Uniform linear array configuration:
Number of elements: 4
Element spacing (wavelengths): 0.25
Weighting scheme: uniform
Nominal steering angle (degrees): -45
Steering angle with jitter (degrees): -45.358
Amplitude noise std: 0.05
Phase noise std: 0.05

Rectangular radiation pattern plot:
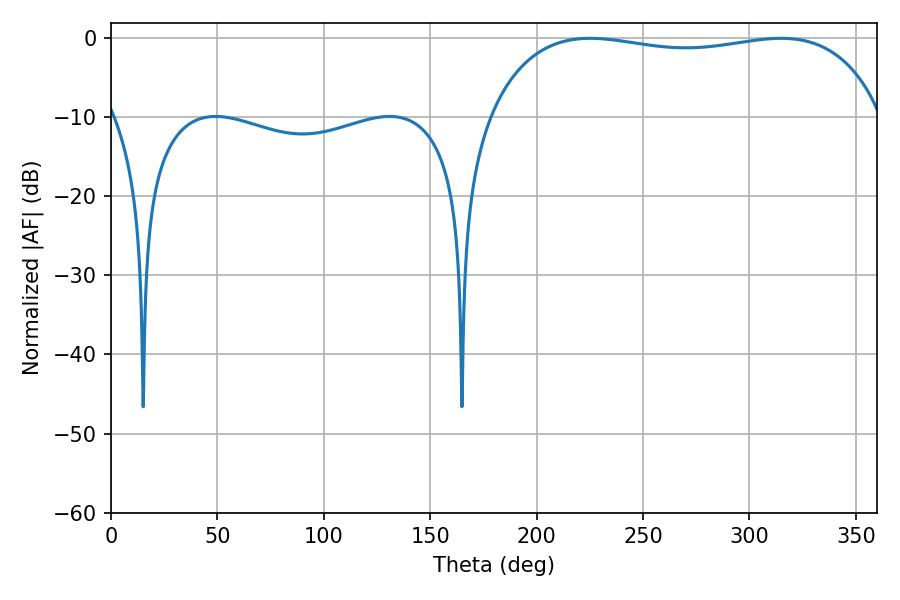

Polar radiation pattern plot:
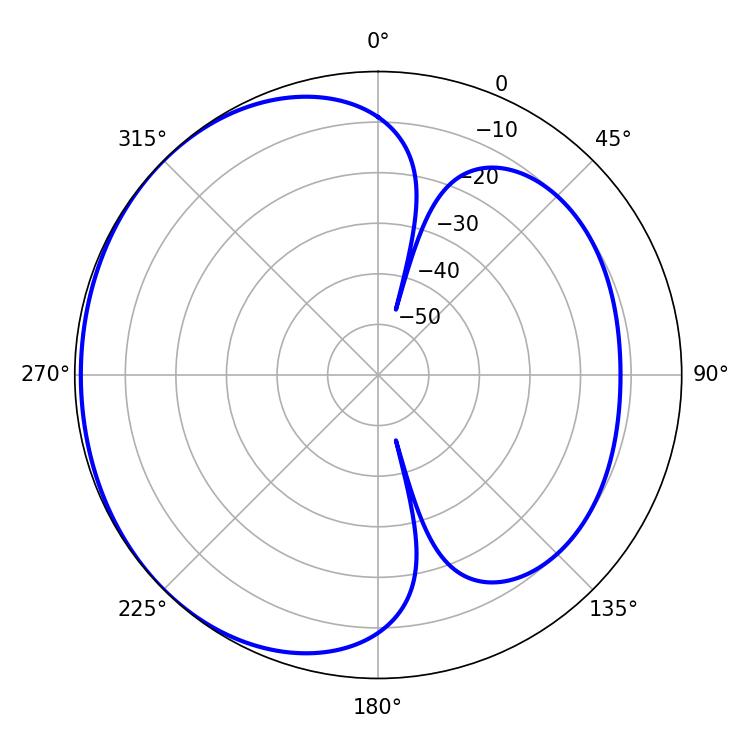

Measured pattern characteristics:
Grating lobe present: FALSE
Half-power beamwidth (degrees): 149.4
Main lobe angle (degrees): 225.18